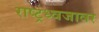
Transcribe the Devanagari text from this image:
राष्ट्रध्वजावर